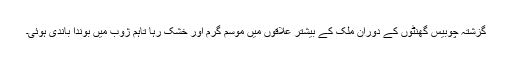
گزشتہ چوبیس گھنٹوں کے دوران ملک کے بیشتر علاقوں میں موسم گرم اور خشک رہا تاہم ژوب میں بوندا باندی ہوئی۔